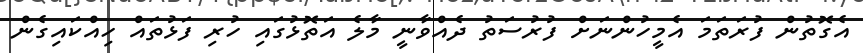
އެގޮތުން ފުރަތަމަ އެމީހުންނަށް ފުރުސަތު ދެއްވާނީ މާލެ އަތޮޅުގައި ހުރި ފަޅުތައް ހިއްކައިގެން